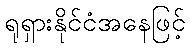
ရုရှားနိုင်ငံအနေဖြင့်